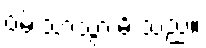
ဝမ်းသာသွားမိ သည်။